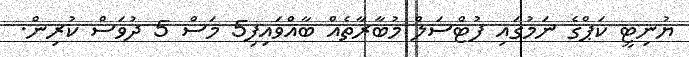
ޔުނިޓީ ކަޕްގެ ނަމުގައި ފުޓްސަލް މުބާރާތެއް ބާއްވައިފި5 މަސް 5 ދުވަސް ކުރިން.